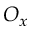
O _ { x }